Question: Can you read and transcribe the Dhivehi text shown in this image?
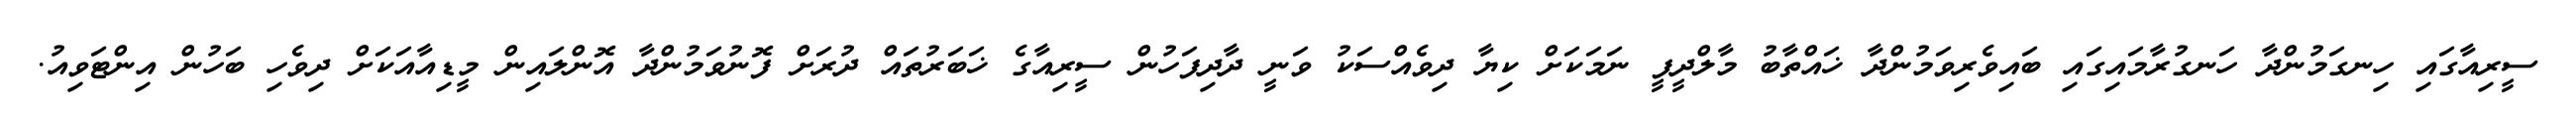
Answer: ސީރިއާގައި ހިނގަމުންދާ ހަނގުރާމައިގައި ބައިވެރިވަމުންދާ ޚައްތާބު މާލްދީފީ ނަމަކަށް ކިޔާ ދިވެއްސަކު ވަނީ ދާދިފަހުން ސީރިއާގެ ޚަބަރުތައް ދުރަށް ފޮނުވަމުންދާ އޮންލައިން މީޑިއާއަކަށް ދިވެހި ބަހުން އިންޓަވިއު.